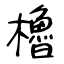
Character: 櫓